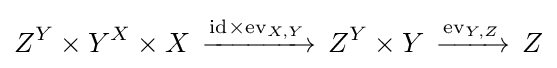
Z^{Y}\times Y^{X}\times X\,\xrightarrow {\mathrm {id} \times \mathrm {ev} _{X,Y}} \,Z^{Y}\times Y\,\xrightarrow {\mathrm {ev} _{Y,Z}} \,Z